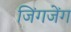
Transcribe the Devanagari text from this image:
जिंगजेंग